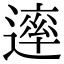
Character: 䢦